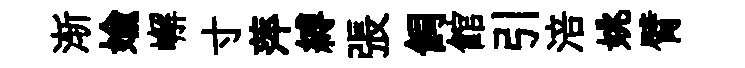
渐媮嶰寸萍縛張飼館引涪姚臂